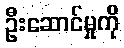
ဦးဆောင်မှုကို